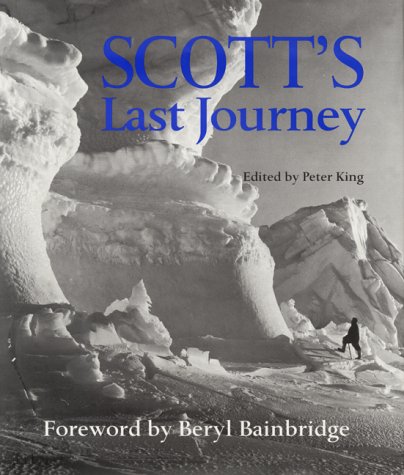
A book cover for Scott's Last Journey; Robert Falcon Scott; Travel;